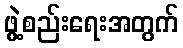
ဖွဲ့စည်းရေးအတွက်